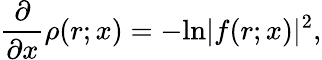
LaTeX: \frac{\partial}{\partial x}\rho(r;x)=-\mathrm{ln}|f(r;x)|^{2},